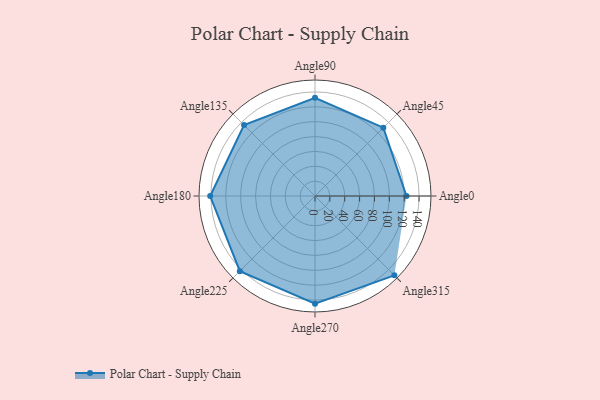
{"axis": {"x": "Angle", "y": "Radius"}, "legend": [""], "data": [{"x": "Angle0", "y": 123.0, "type": ""}, {"x": "Angle45", "y": 130.0, "type": ""}, {"x": "Angle90", "y": 132.0, "type": ""}, {"x": "Angle135", "y": 135.0, "type": ""}, {"x": "Angle180", "y": 141.0, "type": ""}, {"x": "Angle225", "y": 143.0, "type": ""}, {"x": "Angle270", "y": 145.0, "type": ""}, {"x": "Angle315", "y": 151.0, "type": ""}]}